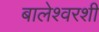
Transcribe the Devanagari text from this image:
बालेश्वरशी